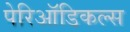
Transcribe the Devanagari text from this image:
पेरिऑडिकल्स